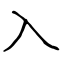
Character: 入